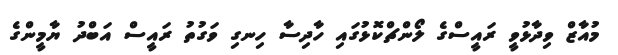
މުއާޒް ވިދާޅުވީ ރައީސްގެ ލޯންޗްކޮޅުގައި ހާދިސާ ހިނގި ވަގުތު ރައީސް އަބްދު ޔާމީންގެ